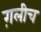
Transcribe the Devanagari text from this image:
ग़लीच